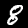
Label: 8